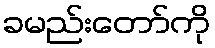
ခမည်းတော်ကို